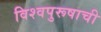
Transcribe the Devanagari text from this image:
विश्‍वपुरूषाची